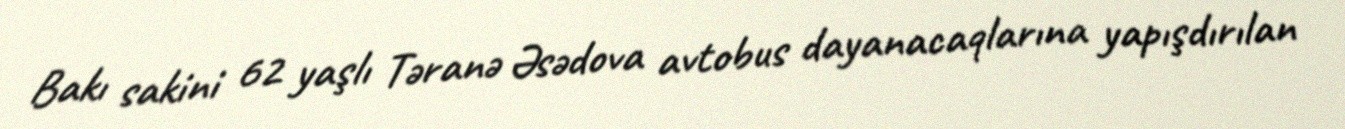
Bakı sakini 62 yaşlı Təranə Əsədova avtobus dayanacaqlarına yapışdırılan